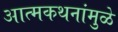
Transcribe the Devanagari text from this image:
आत्मकथनांमुळे